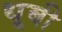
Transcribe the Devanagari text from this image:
धूबी